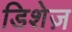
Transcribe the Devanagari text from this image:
डिशेज़